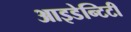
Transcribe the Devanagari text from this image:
आइडेन्टिटी